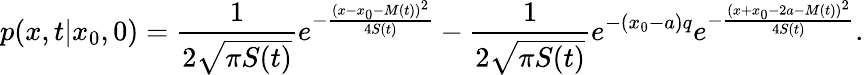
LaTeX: p(x,t|x_{0},0)=\frac{1}{2\sqrt{\pi S(t)}}e^{-\frac{(x-x_{0}-M(t))^{2}}{4S(t)}}-\frac{1}{2\sqrt{\pi S(t)}}e^{-(x_{0}-a)q}e^{-\frac{(x+x_{0}-2a-M(t))^{2}}{4S(t)}}.